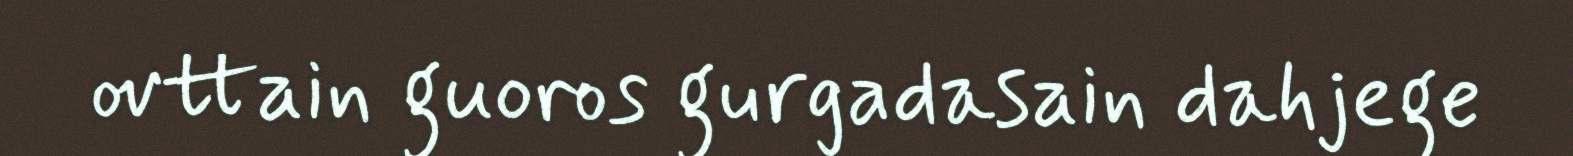
ovttain guoros gurgadasain dahjege